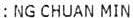
: NG CHUAN MIN